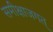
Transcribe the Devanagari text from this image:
समीक्षाजगत्